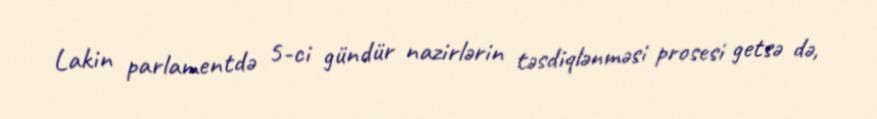
Lakin parlamentdə 5-ci gündür nazirlərin təsdiqlənməsi prosesi getsə də,